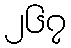
၂၆၇